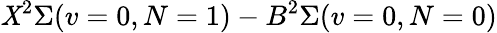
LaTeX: \mathit{X}^{2}\Sigma(v=0,N=1)-B^{2}\Sigma(v=0,N=0)